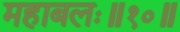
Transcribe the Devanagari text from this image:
महाबलः॥१०॥